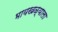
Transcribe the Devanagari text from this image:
भायखळ्याला